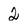
Character: 2